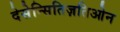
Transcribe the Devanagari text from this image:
देसेन्सितिज़तिओन